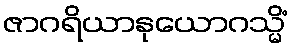
ဇာဂရိယာနုယောဂသ္မိံ